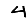
Digit: 4